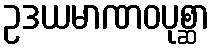
ဥဒယမာဏဝပုစ္ဆာ